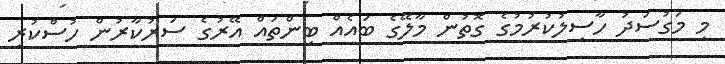
މި މަގުސަދު ހާސިލުކުރުމުގެ ގޮތުން މާލޭގެ ބައެއް ބިންތައް އޭރުގެ ސަރުކާރުން ހުސްކުރި